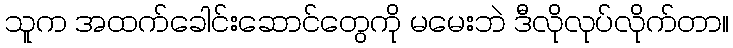
သူက အထက်ခေါင်းဆောင်တွေကို မမေးဘဲ ဒီလိုလုပ်လိုက်တာ။